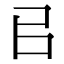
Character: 㠯